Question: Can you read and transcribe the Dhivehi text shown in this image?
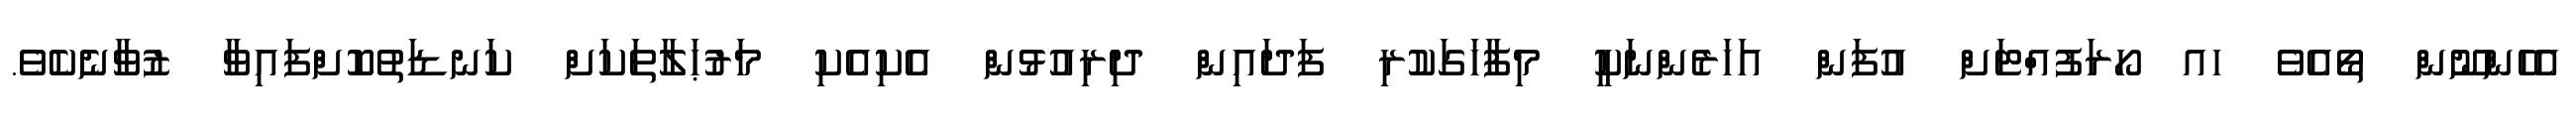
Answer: އެހެންނޫން ތޯއެވެ ހއ ހޯރަފުއްޓަށް އުފަން އަހަރެންނަކީ މިފާހަގަކުރި ފަދައިން ދިރިއުޅުން އެކިއެކި މަރުޙަލާތަކަށް ކަނޑަތުކޮށްފައިވާ ޒުވާނެކެވެ.